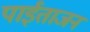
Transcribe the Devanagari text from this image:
पाईताजन